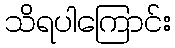
သိရပါကြောင်း